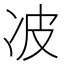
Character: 𰃺